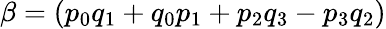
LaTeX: \beta=(p_{0}q_{1}+q_{0}p_{1}+p_{2}q_{3}-p_{3}q_{2})